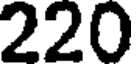
220